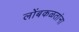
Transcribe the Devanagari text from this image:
लोंबकळतांना